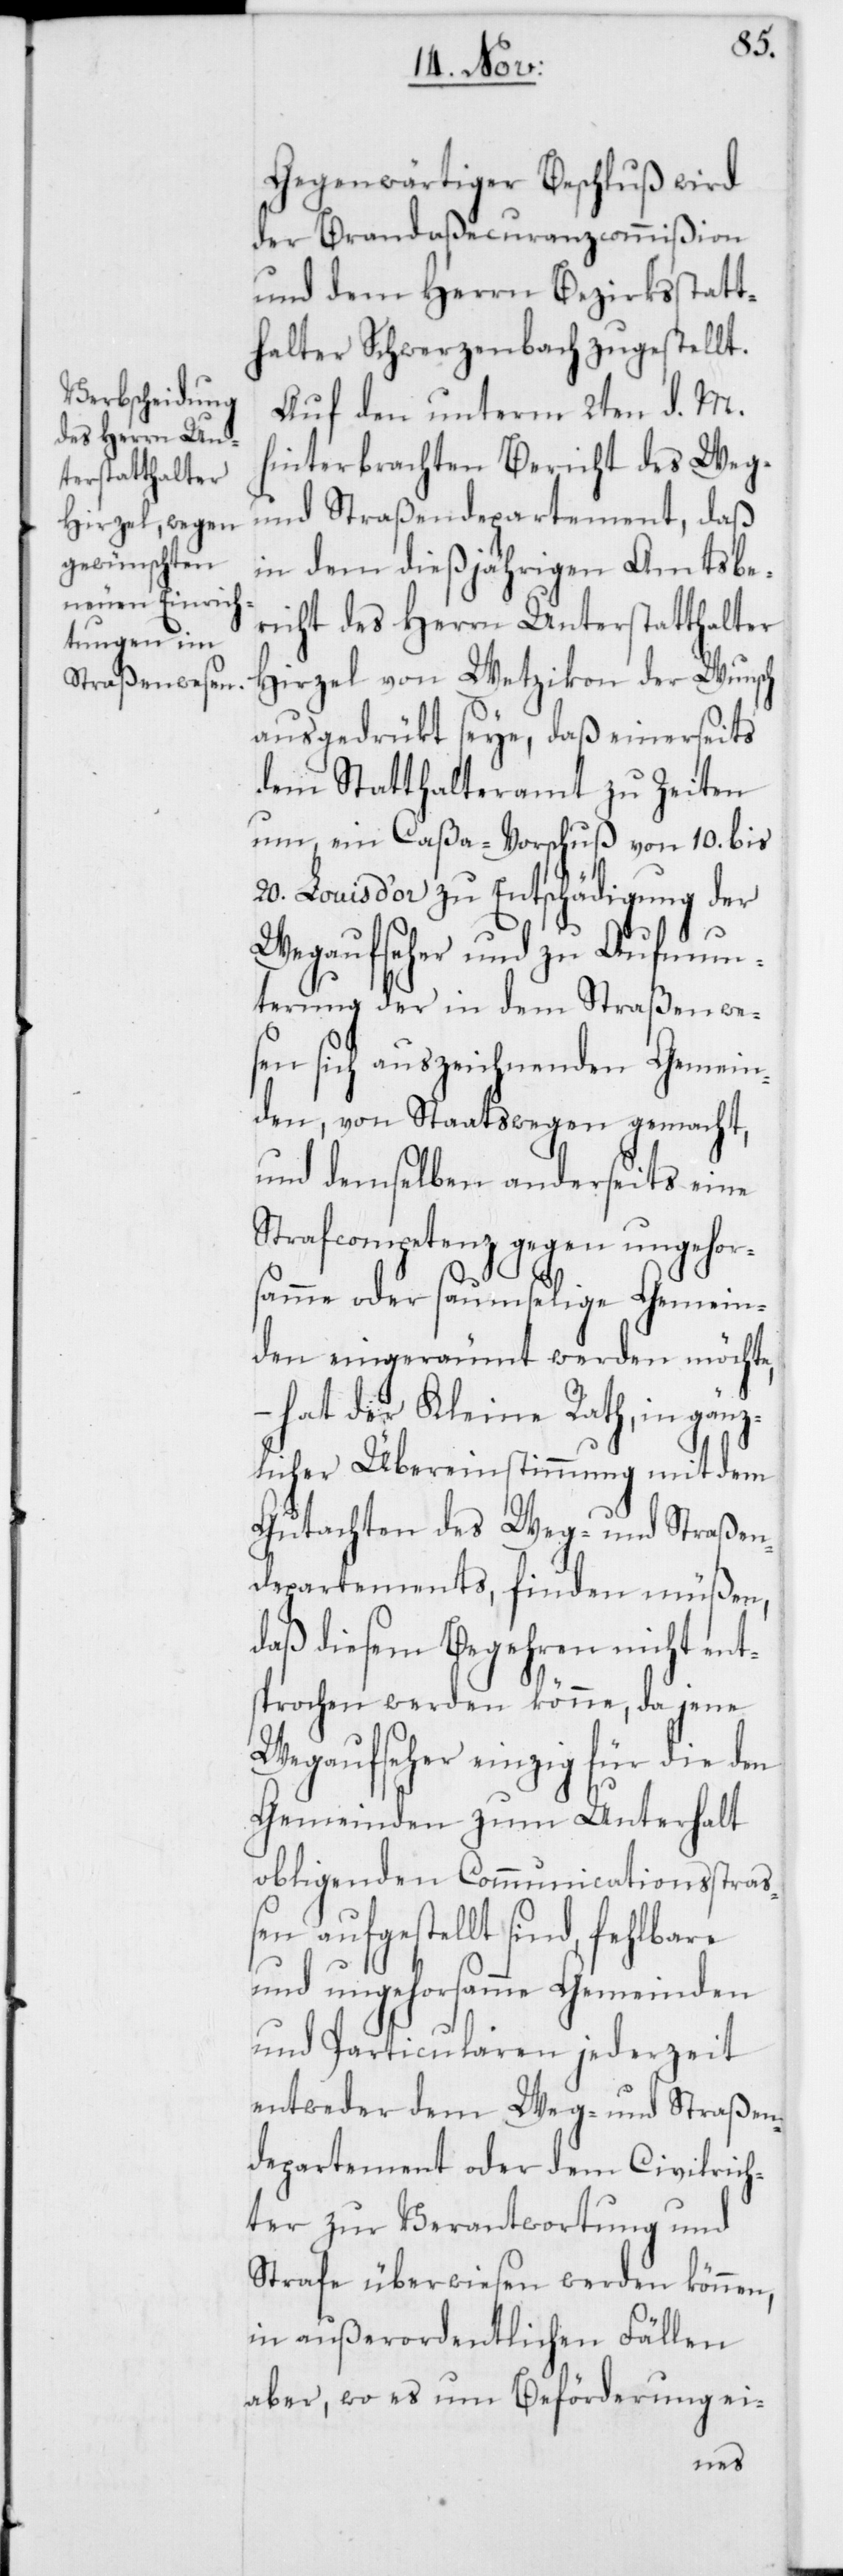
Gegenwärtiger Beschluß wird
der Brandaßecuranzcommißion
und dem Herrn Bezirksstatt¬
halter Schwerzenbach zugestellt.
Auf den unterm 2ten d. M.
hinterbrachten Bericht des Weg-
und Straßendepartement, daß
in dem dießjährigen Amtsbe¬
richt des Herrn Unterstatthalter
Hirzel von Wetzikon der Wunsch
ausgedrükt seye, daß einerseits
dem Statthalteramt zu Zeiten
um ein Caßa-Vorschuß von 10. bis
20. Louis d’or zu Entschädigung der
Wegaufseher und zu Aufmun¬
terung der in dem Straßenwe¬
sen sich auszeichnenden Gemein¬
den, von Staatswegen gemacht,
und demselben anderseits eine
Strafcompetenz gegen ungehor¬
samme oder saumselige Gemein¬
den eingeräumt werden möchte,
– hat der Kleine Rath, in gänz¬
licher Übereinstimmung mit dem
Gutachten des Weg- und Straßen¬
departements, finden müßen,
daß diesem Begehren nicht ent¬
sprochen werden könne, da jene
Wegaufseher einzig für die den
Gemeinden zum Unterhalt
obligenden Communicationsstra¬
ßen aufgestellt sind, fehlbare
und ungehorsamme Gemeinden
und Particularen jederzeit
entweder dem Weg- und Straßen¬
departement oder dem Civilrich¬
ter zur Verantwortung und
Strafe überwiesen werden können,
in außerordentlichen Fällen
aber, wo es um Beförderung ei-